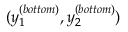
( y _ { 1 } ^ { ( b o t t o m ) } , y _ { 2 } ^ { ( b o t t o m ) } )